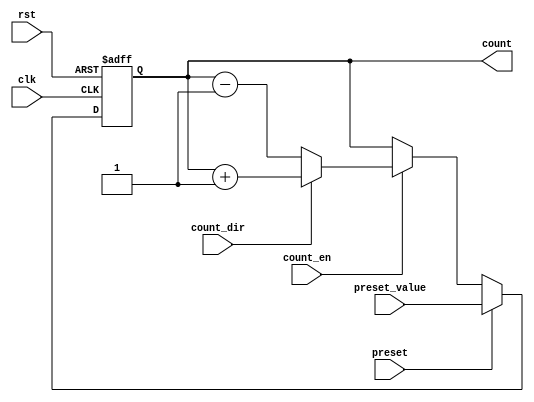
module presettable_counter (
    input wire clk,                // Clock signal
    input wire rst,                // Asynchronous reset signal
    input wire preset,             // Preset signal
    input wire [N-1:0] preset_value, // Value to preset the counter to
    input wire count_en,           // Count enable signal
    input wire count_dir,          // Count direction (1 for up, 0 for down)
    output reg [N-1:0] count       // Current counter value
);
    parameter N = 8;               // Define counter size (number of bits)

    // Asynchronous reset or preset
    always @(posedge clk or posedge rst) begin
        if (rst) begin
            count <= 0;            // Reset the counter to zero
        end else if (preset) begin
            count <= preset_value; // Load the preset value into the counter
        end else if (count_en) begin
            // Counting operation
            if (count_dir) begin
                // Increment the counter
                count <= count + 1;
            end else begin
                // Decrement the counter
                count <= count - 1;
            end
        end
    end

endmodule